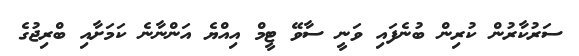
ސަރުކާރުން ކުރިން ބުނެފައި ވަނީ ސާވޭ ޓީމް އިއްޔެ އަންނާނެ ކަމަށާއި ބްރިޖުގެ